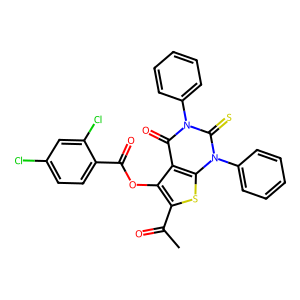
SMILES: CC(=O)c1sc2c(c1OC(=O)c1ccc(Cl)cc1Cl)c(=O)n(-c1ccccc1)c(=S)n2-c1ccccc1
Inhibits HIV replication: No